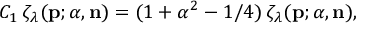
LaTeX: C _ { 1 } \, \zeta _ { \lambda } ( { \bf p } ; { \alpha } , { \bf n } ) = ( 1 + \alpha ^ { 2 } - 1 / 4 ) \, \zeta _ { \lambda } ( { \bf p } ; { \alpha } , { \bf n } ) ,